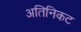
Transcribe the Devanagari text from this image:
अतिनिकट